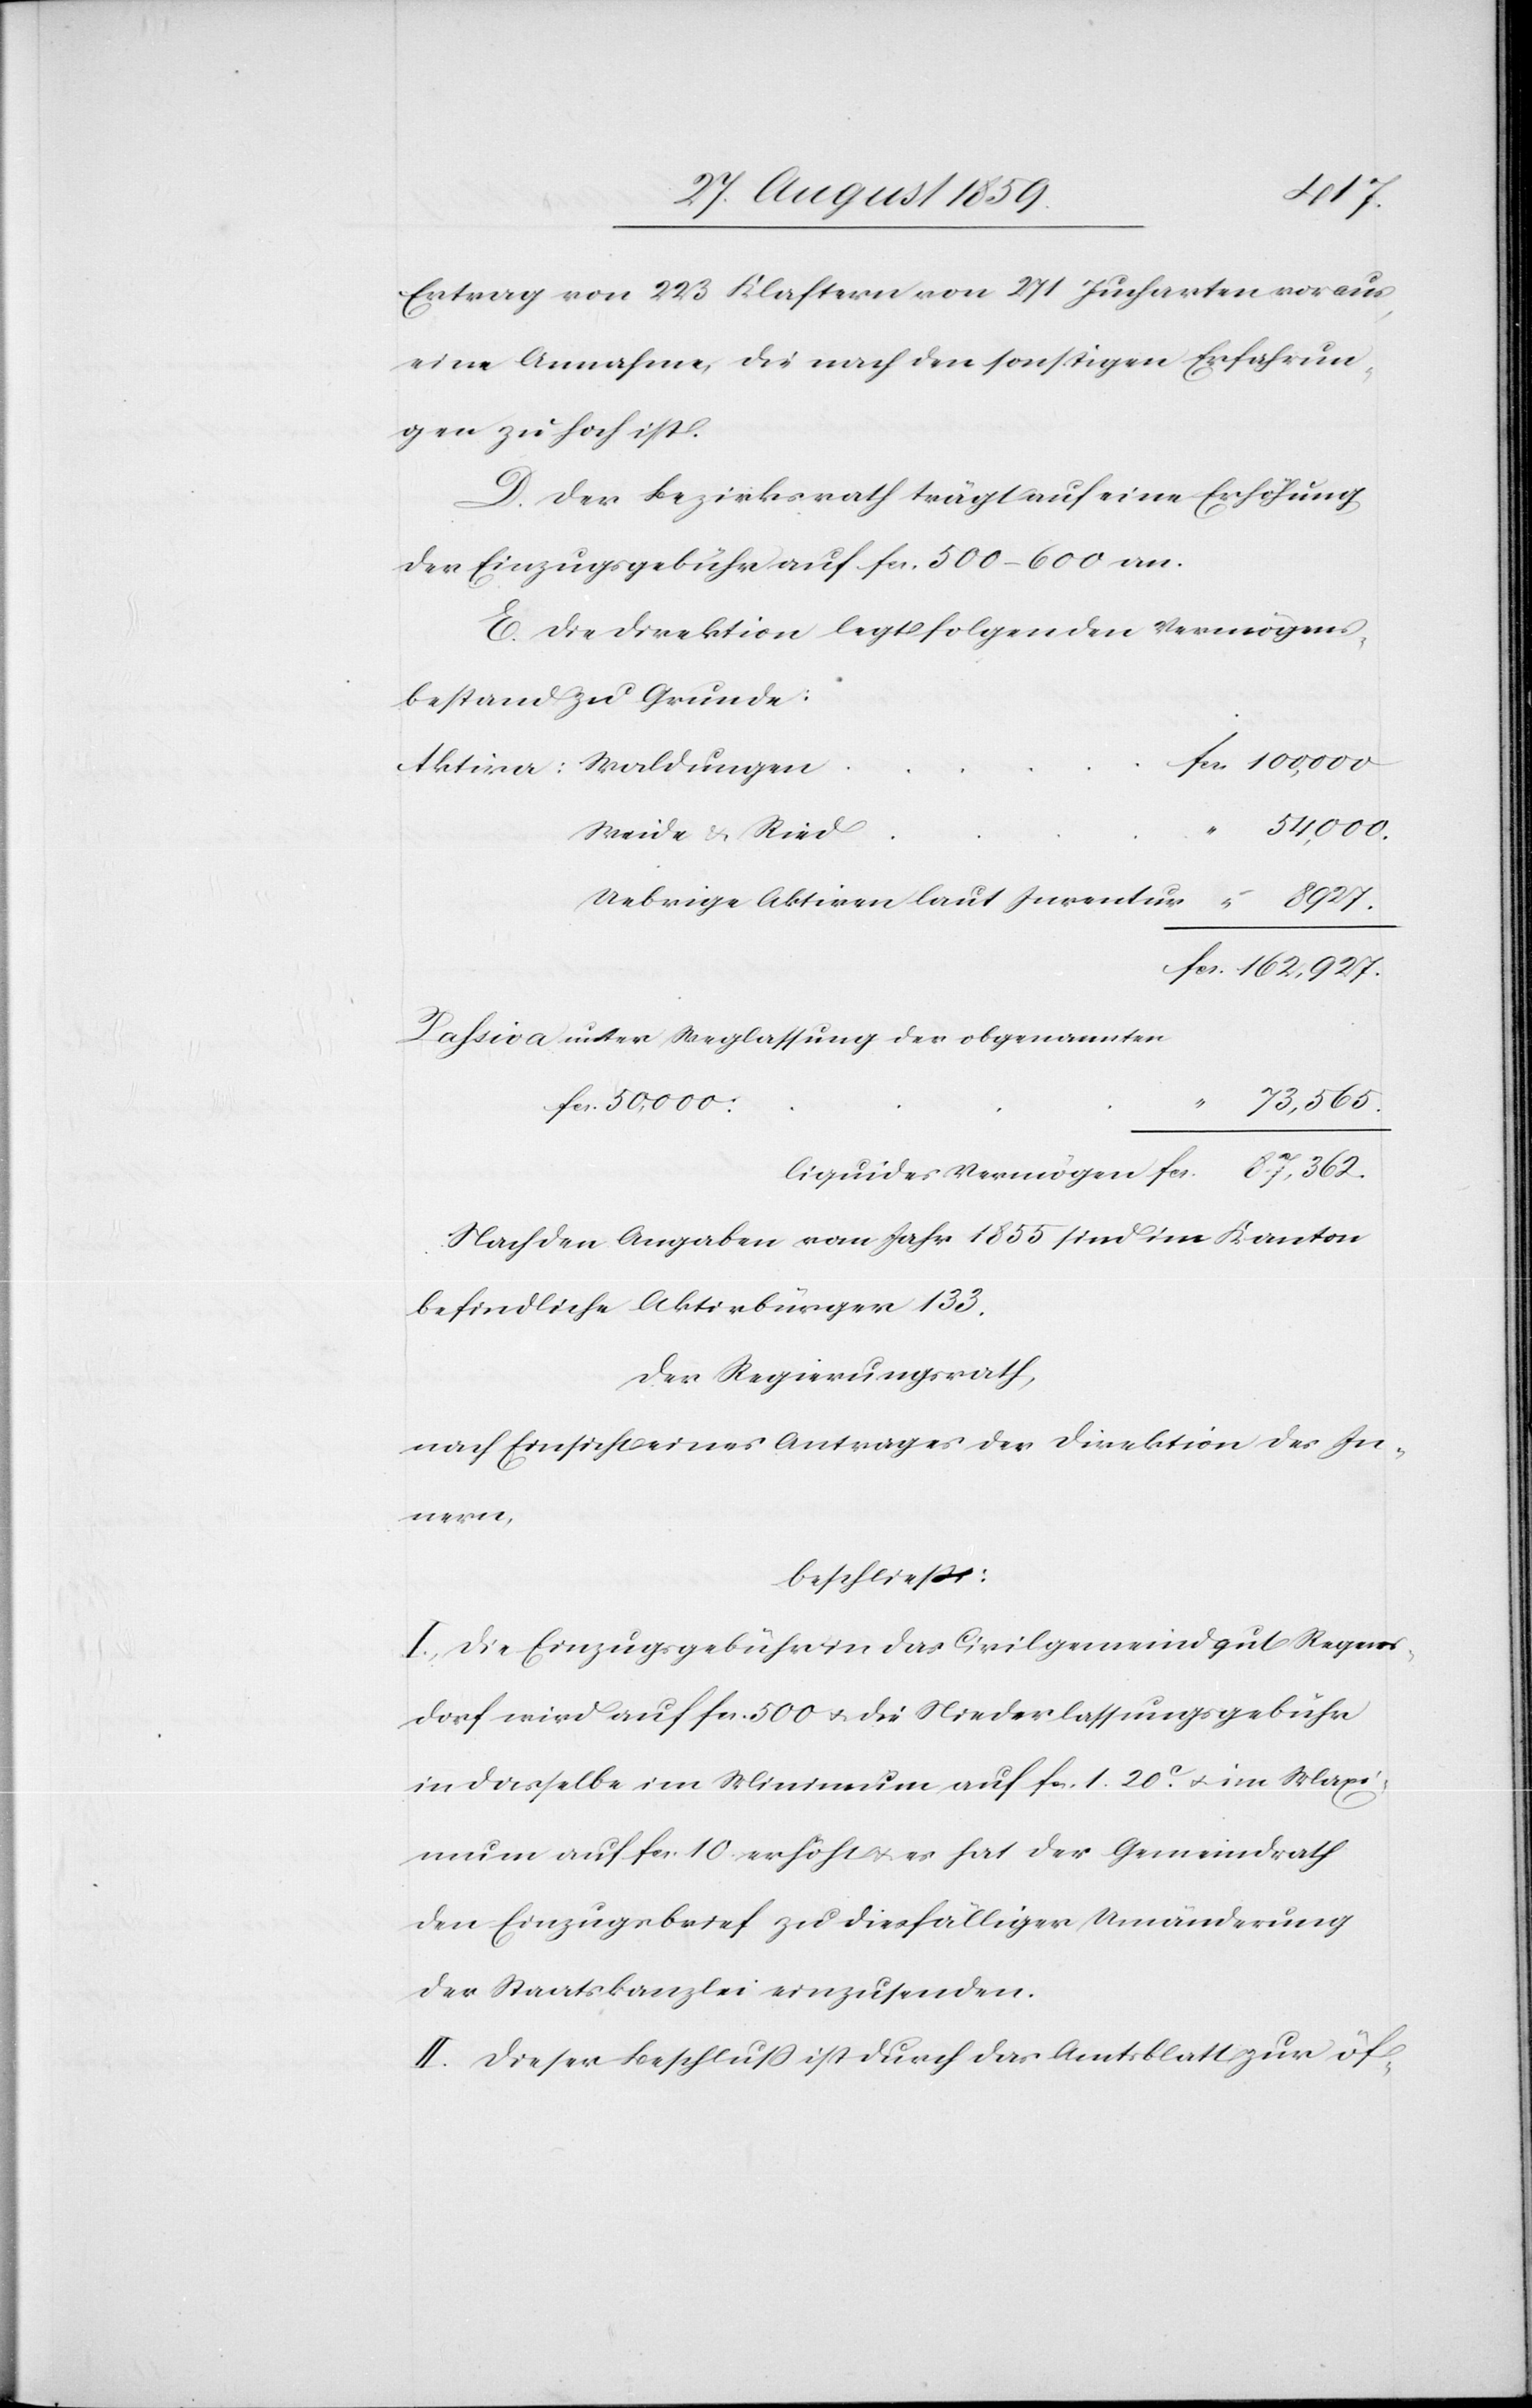
8927.
Ertrag von 223 Klaftern von 271 Jucharten voraus,
eine Annahme, die nach den sonstigen Erfahrun¬
gen zu hoch ist.
D. Der Bezirksrath trägt auf eine Erhöhung
der Einzugsgebühr auf fcs. 500–600 an.
E. Die Direktion legt folgenden Vermögens¬
bestand zu Grunde:
Aktiva: Waldungen
54,000.
Uebrige Aktiven laut Inventur
Passiva unter Weglassung der obgenannten
73,565.
liquides Vermögen 		fcs.	 87,362.
Nach den Angaben vom Jahr 1855 sind im Kanton
befindliche Aktivbürger 133.
Der Regierungsrath,
nach Einsicht eines Antrages der Direktion des In¬
nern,
beschließt:
I. Die Einzugsgebühr in das Civilgemeindgut Regens¬
dorf wird auf fcs. 500 & die Niederlassungsgebühr
in dasselbe im Minimum auf fcs. 1. 20c. & im Maxi¬
mum auf fcs. 10. erhöht & es hat der Gemeindrath
den Einzugsbrief zu diesfälliger Umänderung
der Staatskanzlei einzusenden.
II. Dieser Beschluß ist durch das Amtsblatt zur öf-